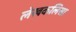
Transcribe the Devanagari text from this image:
लेखकलिसा